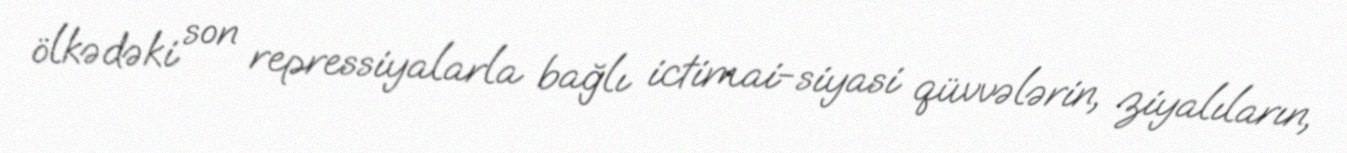
ölkədəki son repressiyalarla bağlı ictimai-siyasi qüvvələrin, ziyalıların,